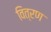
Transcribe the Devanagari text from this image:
वित्रण